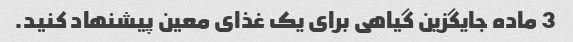
3 ماده جایگزین گیاهی برای یک غذای معین پیشنهاد کنید.